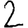
Digit: 2